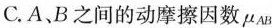
C.A、B之间的动摩擦因数μ_{AB}